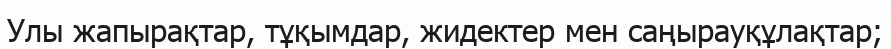
Улы жапырақтар, тұқымдар, жидектер мен саңырауқұлақтар;